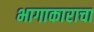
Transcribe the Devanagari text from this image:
भागाकाराचा